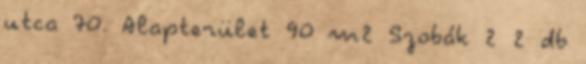
utca 70. Alapterület 90 m2 Szobák 2 2 db